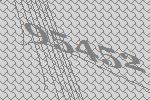
95452